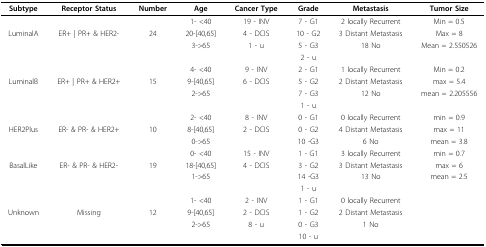
<table><thead><tr><td><b>Subtype</b></td><td><b>Receptor Status</b></td><td><b>Number</b></td><td><b>Age</b></td><td><b>Cancer Type</b></td><td><b>Grade</b></td><td><b>Metastasis</b></td><td><b>Tumor Size</b></td></tr></thead><tbody><tr><td></td><td></td><td></td><td>1- &lt;40</td><td>19 - INV</td><td>7 - G1</td><td>2 locally Recurrent</td><td>Min = 0.5</td></tr><tr><td>LuminalA</td><td>ER+ | PR+ &amp; HER2-</td><td>24</td><td>20-[40,65]</td><td>4 - DCIS</td><td>10 - G2</td><td>3 Distant Metastasis</td><td>Max = 8</td></tr><tr><td></td><td></td><td></td><td>3-&gt;65</td><td>1 - u</td><td>5 - G3</td><td>18 No</td><td>Mean = 2.550526</td></tr><tr><td></td><td></td><td></td><td></td><td></td><td>2 - u</td><td></td><td></td></tr><tr><td></td><td></td><td></td><td>4- &lt;40</td><td>9 - INV</td><td>2 - G1</td><td>1 locally Recurrent</td><td>Min = 0.2</td></tr><tr><td>LuminalB</td><td>ER+ | PR+ &amp; HER2+</td><td>15</td><td>9-[40,65]</td><td>6 - DCIS</td><td>5 - G2</td><td>2 Distant Metastasis</td><td>max = 5.4</td></tr><tr><td></td><td></td><td></td><td>2-&gt;65</td><td></td><td>7 - G3</td><td>12 No</td><td>mean = 2.205556</td></tr><tr><td></td><td></td><td></td><td></td><td></td><td>1 - u</td><td></td><td></td></tr><tr><td></td><td></td><td></td><td>2- &lt;40</td><td>8 - INV</td><td>0 - G1</td><td>0 locally Recurrent</td><td>min = 0.9</td></tr><tr><td>HER2Plus</td><td>ER- &amp; PR- &amp; HER2+</td><td>10</td><td>8-[40,65]</td><td>2 - DCIS</td><td>0 - G2</td><td>4 Distant Metastasis</td><td>max = 11</td></tr><tr><td></td><td></td><td></td><td>0-&gt;65</td><td></td><td>10 -G3</td><td>6 No</td><td>mean = 3.8</td></tr><tr><td></td><td></td><td></td><td>0- &lt;40</td><td>15 - INV</td><td>1 - G1</td><td>3 locally Recurrent</td><td>min = 0.7</td></tr><tr><td>BasalLike</td><td>ER- &amp; PR- &amp; HER2-</td><td>19</td><td>18-[40,65]</td><td>4 - DCIS</td><td>3 - G2</td><td>3 Distant Metastasis</td><td>max = 6</td></tr><tr><td></td><td></td><td></td><td>1-&gt;65</td><td></td><td>14 -G3</td><td>13 No</td><td>mean = 2.5</td></tr><tr><td></td><td></td><td></td><td></td><td></td><td>1 - u</td><td></td><td></td></tr><tr><td></td><td></td><td></td><td>1- &lt;40</td><td>2 - INV</td><td>1 - G1</td><td>0 locally Recurrent</td><td></td></tr><tr><td>Unknown</td><td>Missing</td><td>12</td><td>9-[40,65]</td><td>2 - DCIS</td><td>1 - G2</td><td>2 Distant Metastasis</td><td></td></tr><tr><td></td><td></td><td></td><td>2-&gt;65</td><td>8 - u</td><td>0 - G3</td><td>1 No</td><td></td></tr><tr><td></td><td></td><td></td><td></td><td></td><td>10 - u</td><td></td><td></td></tr></tbody></table>